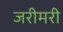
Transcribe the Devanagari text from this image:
जरीमरी